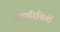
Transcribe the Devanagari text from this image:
नवपरिचितों